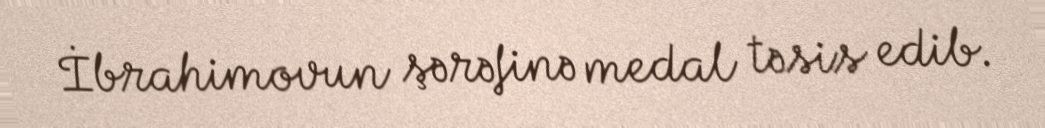
İbrahimovun şərəfinə medal təsis edib.